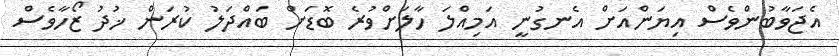
އެޖަވާބުންވެސް އިޔަންއަށް އެނގުނީ އަމިއްލަ ހާލަށްވުރެ ބޮޑަށް ބައްދަލު ކުރަން ޚުދު ޒޯހާވެސް